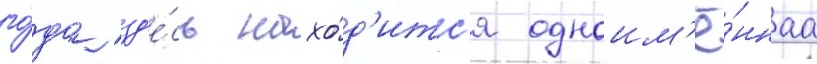
го́да зд'е́сь нахо́д'итс'я одноим'ё́ннаа